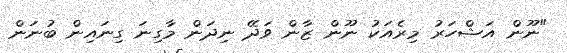
"ނޫން އަޝްހަރު މިރެއަކު ނޫން ޒާން ވަދޭ ނިދަން މާގިނަ ގިނައިން ބުނަން